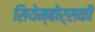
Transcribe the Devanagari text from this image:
सियेम्बोर्सकी